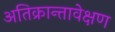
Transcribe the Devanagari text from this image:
अतिक्रान्तावेक्षण